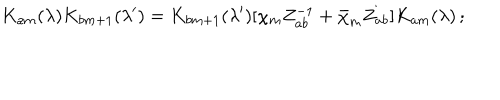
LaTeX: K _ { a m } ( \lambda ) K _ { b m + 1 } ( \lambda ^ { \prime } ) = K _ { b m + 1 } ( \lambda ^ { \prime } ) [ \chi _ { m } Z _ { a b } ^ { - 1 } + \bar { \chi } _ { m } Z _ { a b } ] K _ { a m } ( \lambda ) \, ;